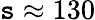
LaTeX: \mathtt{s}\approx130